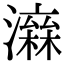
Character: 𤀮